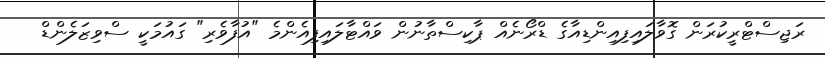
ރަޖިސްޓްރީކުރަން ގޮވާލައިފިއިންޑިއާގެ ޑްރޯނެއް ޕާކިސްތާނުން ވައްޓާލައިފިއެންމެ "އުފާވެރި" ގައުމަކީ ސްވިޒަލެންޑް